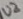
Text: U2